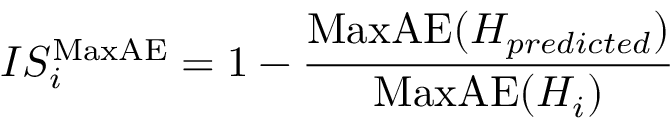
{ I S _ { i } ^ { \mathrm { M a x A E } } = 1 - \frac { \mathrm { M a x A E } ( H _ { p r e d i c t e d } ) } { \mathrm { M a x A E } ( H _ { i } ) } }